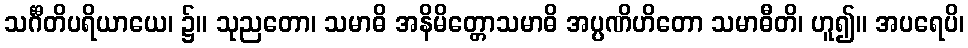
သင်္ဂီတိပရိယာယေ၊ ၌။ သုညတော၊ သမာဓိ အနိမိတ္တောသမာဓိ အပ္ပဏိဟိတော သမာဓီတိ၊ ဟူ၍။ အပရေပိ၊